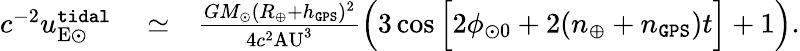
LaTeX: \begin{array}{rlr}{c^{-2}u_{\mathrm{E\odot}}^{\tt tidal}}&{{}\simeq}&{\frac{GM_{\odot}(R_{\oplus}+h_{\tt GPS})^{2}}{4c^{2}\mathrm{AU}^{3}}\Big(3\cos\Big[2\phi_{\odot 0}+2(n_{\oplus}+n_{\tt GPS})t\Big]+1\Big).}\end{array}